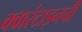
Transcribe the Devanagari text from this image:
क्वारंटाइनची